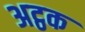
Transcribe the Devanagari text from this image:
अट्ठक